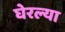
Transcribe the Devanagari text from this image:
घेरल्या